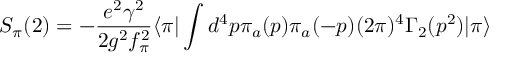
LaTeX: S _ { \pi } ( 2 ) = - { \frac { e ^ { 2 } \gamma ^ { 2 } } { 2 g ^ { 2 } f _ { \pi } ^ { 2 } } } \langle \pi | \int d ^ { 4 } p \pi _ { a } ( p ) \pi _ { a } ( - p ) ( 2 \pi ) ^ { 4 } \Gamma _ { 2 } ( p ^ { 2 } ) | \pi \rangle